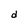
Character: d